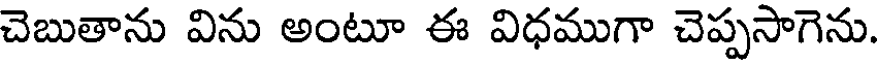
చెబుతాను విను అంటూ ఈ విధముగా చెప్పసాగెను.